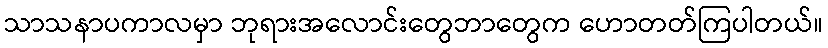
သာသနာပကာလမှာ ဘုရားအလောင်းတွေဘာတွေက ဟောတတ်ကြပါတယ်။